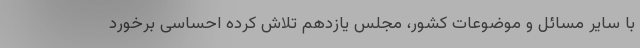
با سایر مسائل و موضوعات کشور، مجلس یازدهم تلاش کرده احساسی برخورد